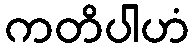
ကတိပါဟံ